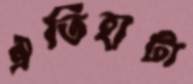
ঐতিহ্যটা